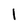
Character: I